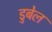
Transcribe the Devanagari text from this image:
डुबेल